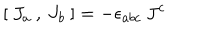
LaTeX: [ \: J _ { a \: } , \: J _ { b } \: ] = - \epsilon _ { a b c } \: J ^ { c }